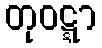
တုဝဋ္ဋာ